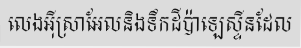
លេងអ៊ីស្រាអែលនិងទឹកដីប៉ាឡេស្ទីនដែល